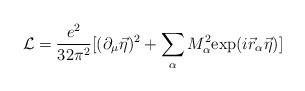
LaTeX: \begin{align*}{\cal L}=\frac{e^2}{32\pi^2}[(\partial_\mu\vec\eta )^2+\sum_{\alpha}M_\alpha ^2{\rm exp}(i\vec r_\alpha\vec \eta)]\end{align*}